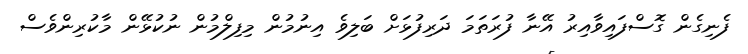
ފެނިގެން ގޮސްފައިވާއިރު އޭނާ ފުރަތަމަ ދަރިފުޅަށް ބަލިވެ އިނުމުން މިފިލްމުން ނުކުޅޭން މާކުރިންވެސް